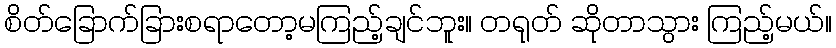
စိတ်ခြောက်ခြားစရာတော့မကြည့်ချင်ဘူး။ တရုတ် ဆိုတာသွား ကြည့်မယ်။